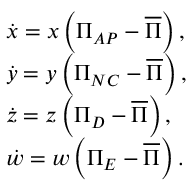
\begin{array} { l } { \dot { x } = x \left( \Pi _ { A P } - \overline { { \Pi } } \right) , } \\ { \dot { y } = y \left( \Pi _ { N C } - \overline { { \Pi } } \right) , } \\ { \dot { z } = z \left( \Pi _ { D } - \overline { { \Pi } } \right) , } \\ { \dot { w } = w \left( \Pi _ { E } - \overline { { \Pi } } \right) . } \end{array}